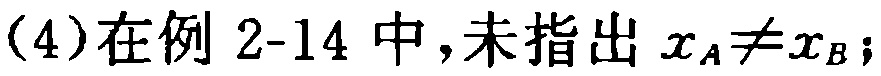
(4)在例 2-14 中,未指出 \(x_A\neq x_B\);